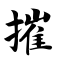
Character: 摧